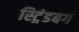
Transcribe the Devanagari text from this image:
स्ट्रिंडबर्ग